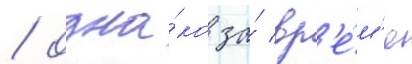
/ одна́ко за́ вр'е́м'я